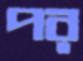
পর